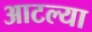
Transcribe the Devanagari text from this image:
आटल्या